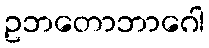
ဥဘတောဘာဂေါ